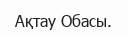
Ақтау Обасы.